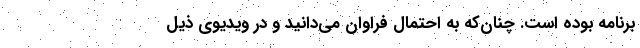
برنامه بوده است. چنان‌که به احتمال فراوان می‌دانید و در ویدیوی ذیل